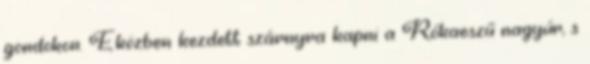
gondokon. Eközben kezdett szárnyra kapni a Rókaeszű nagyúr, s